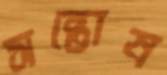
সন্তোষ